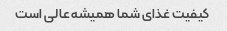
کیفیت غذای شما همیشه عالی است